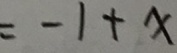
= - 1 + x